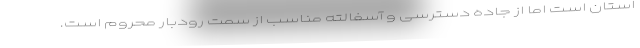
استان است اما از جاده دسترسی و آسفالته مناسب از سمت رودبار محروم است.